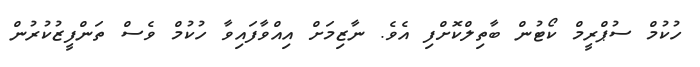
ހުކުމް ސުޕްރީމް ކޯޓުން ބާތިލްކޮށްފި އެވެ. ނާޒިމަށް އިއްވާފައިވާ ހުކުމް ވެސް ތަންފީޒުކުރުން